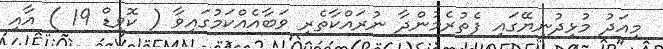
މިއަދު މުޅިދުނިޔޭގައި ފެތުރެމުންދާ ނުރައްކާތެރި ވަބާއެއްކަމުގައިވާ ( ކޮވިޑް 19 ) އާއި